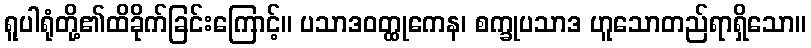
ရူပါရုံတို့၏ထိခိုက်ခြင်းကြောင့်။ ပသာဒဝတ္ထုကေန၊ စက္ခုပသာဒ ဟူသောတည်ရာရှိသော။